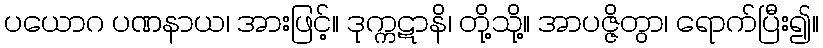
ပယောဂ ပဏနာယ၊ အားဖြင့်။ ဒုက္ကဋာနိ၊ တို့သို့။ အာပဇ္ဇိတွာ၊ ရောက်ပြီး၍။